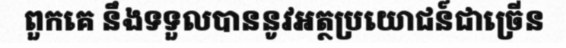
ពួកគេ នឹងទទួលបាននូវអត្ថប្រយោជន៍ជាច្រើន